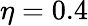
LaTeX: \eta=0.4